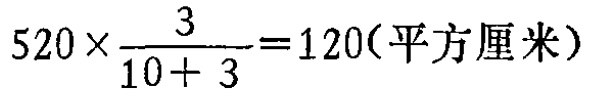
\(520\times\frac{3}{10 + 3}=120(\text{平方厘米})\)